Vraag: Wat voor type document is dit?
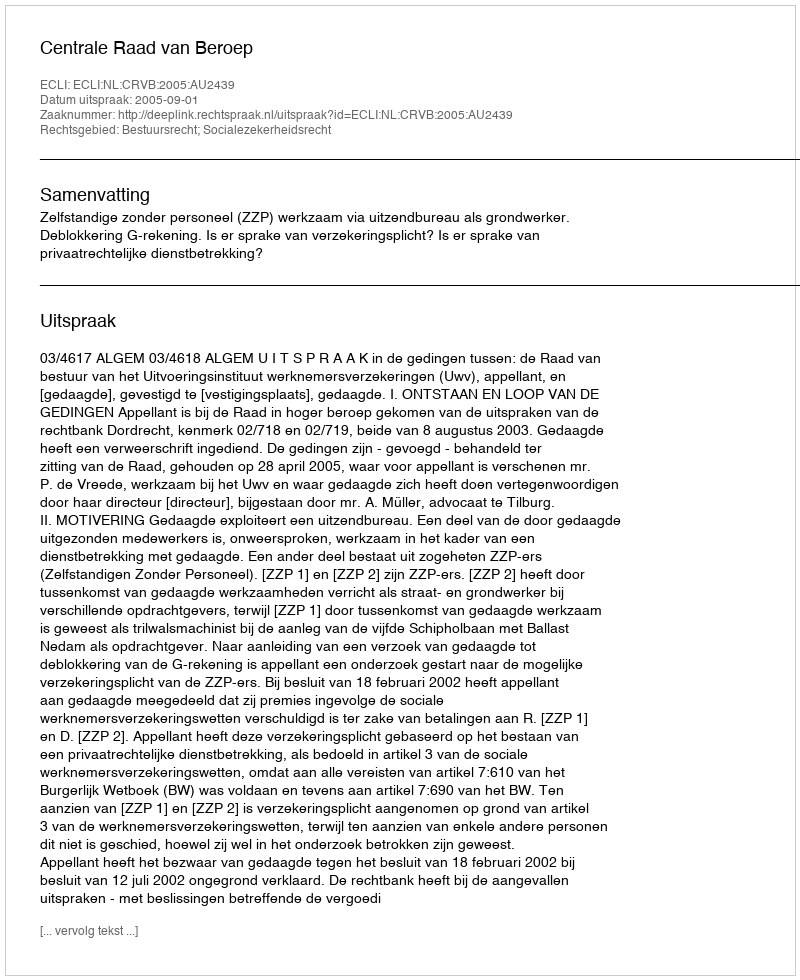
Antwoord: Uitspraak